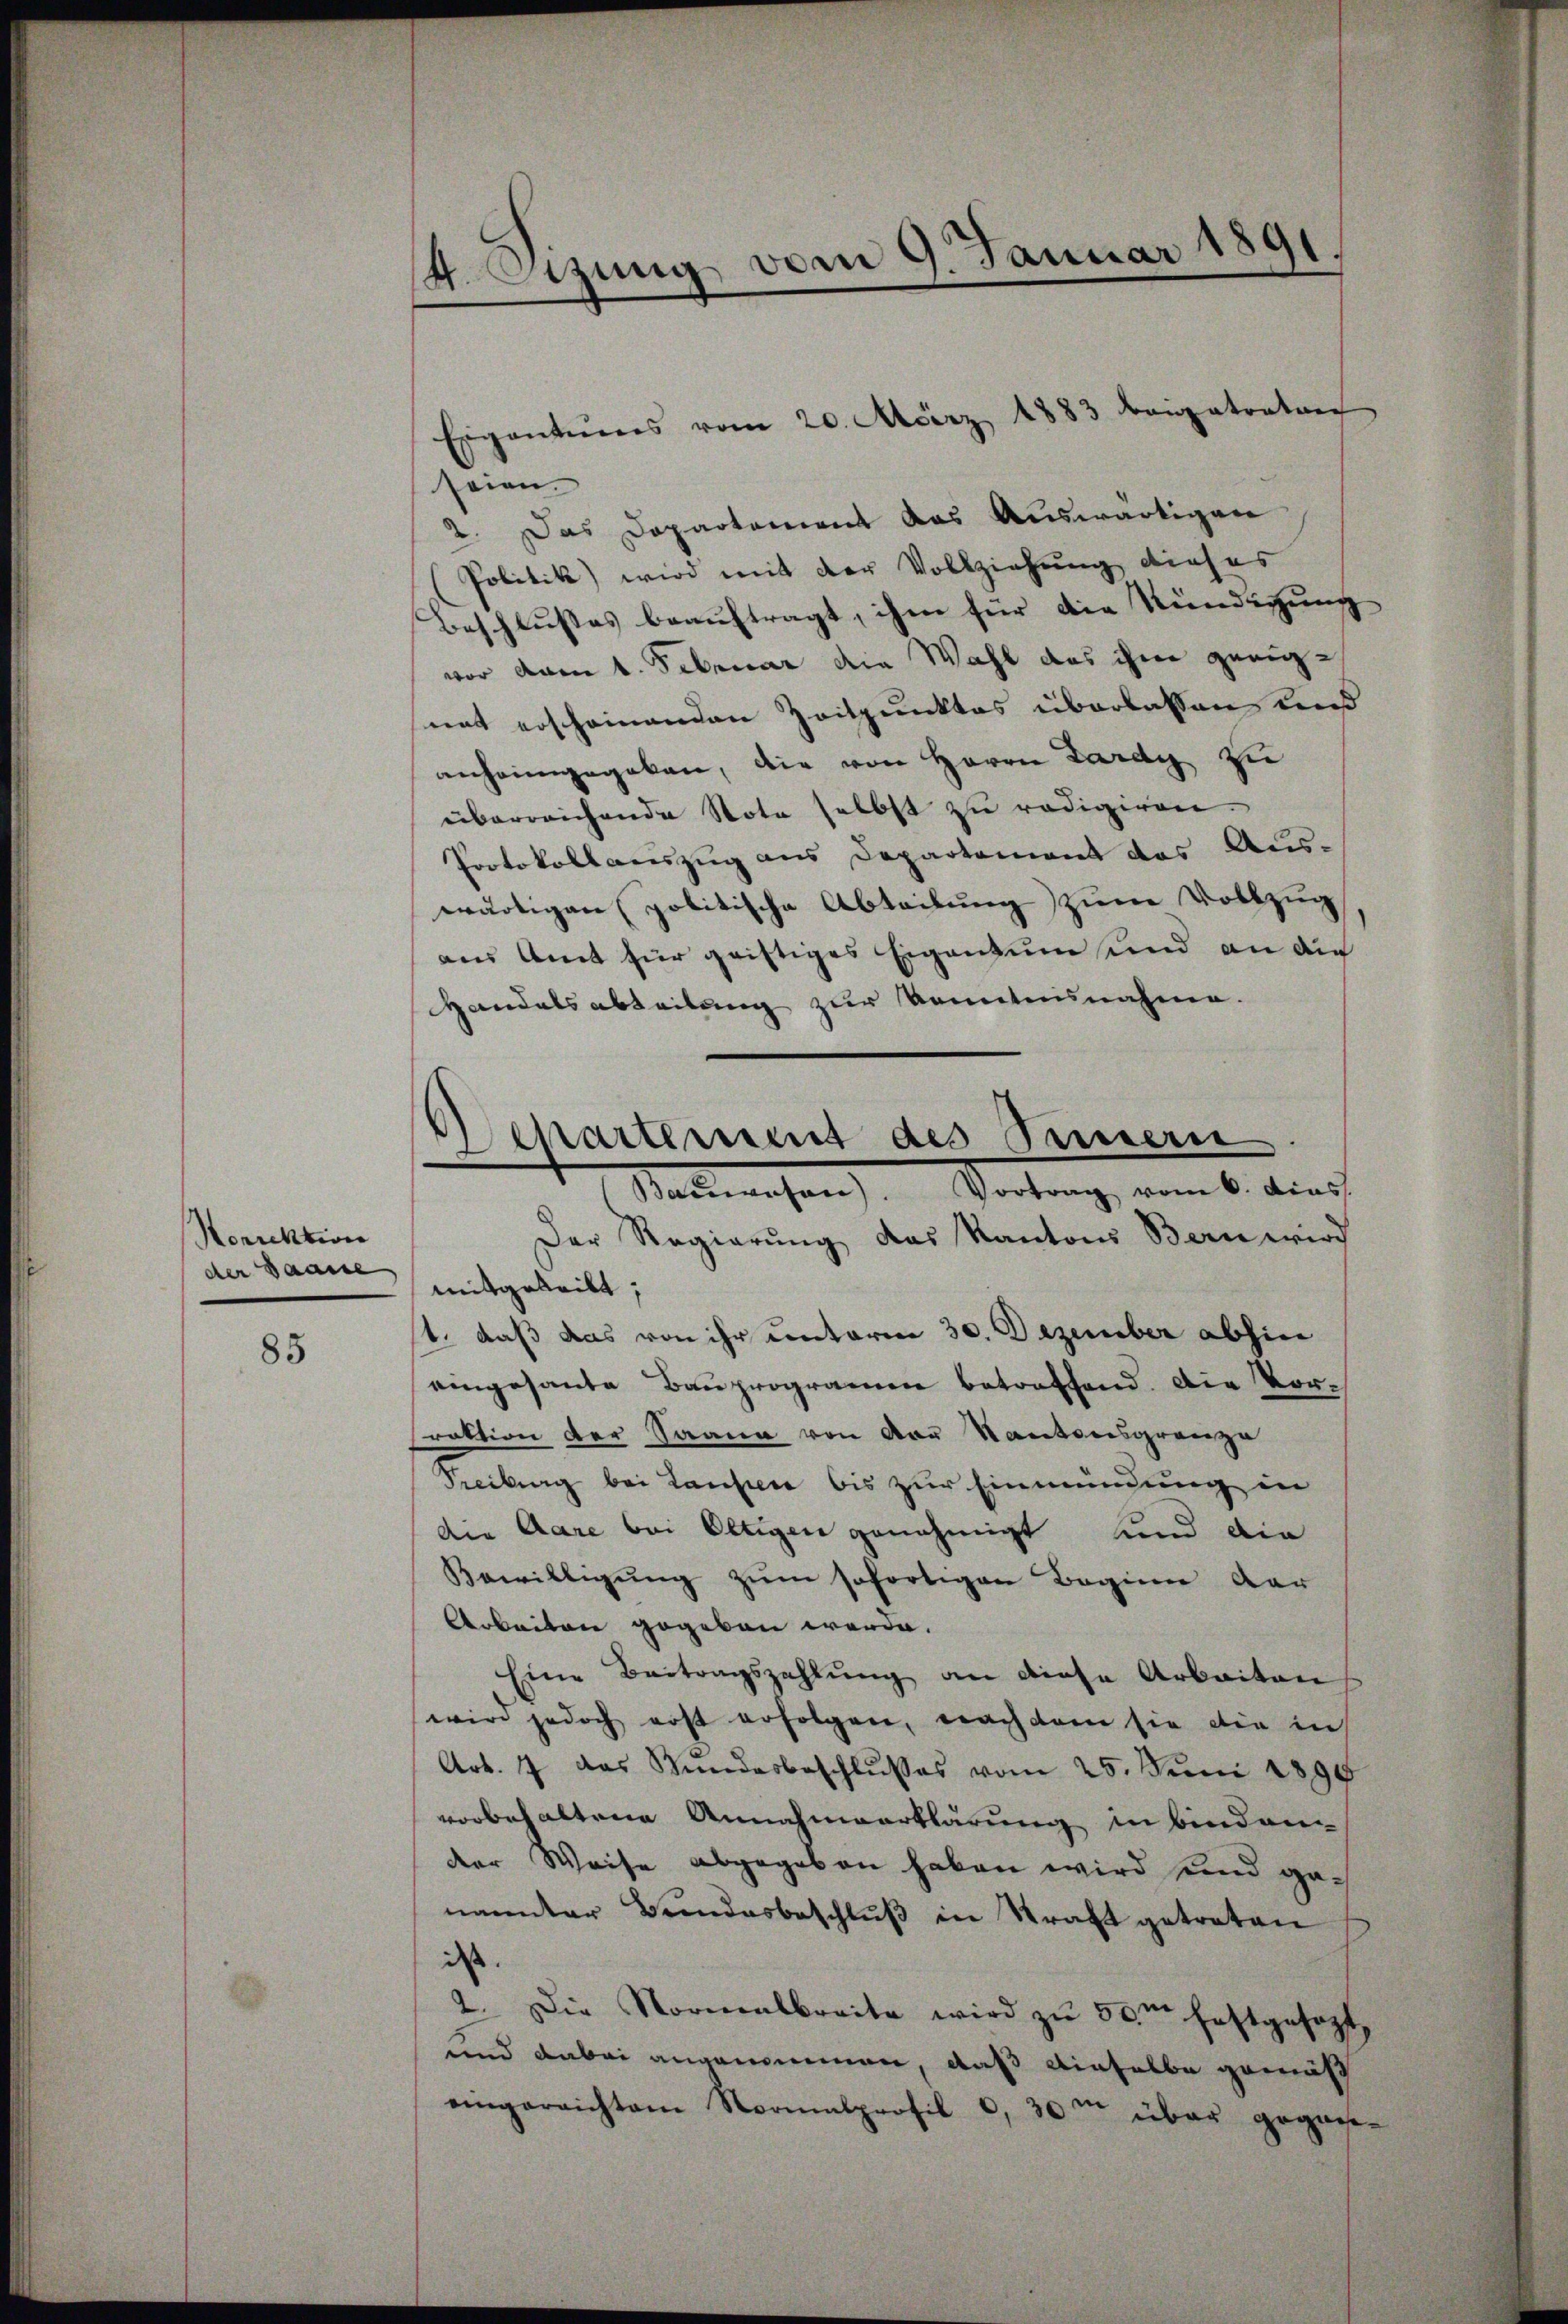
Norrektion
der Saane

85

4. Szung vom 9. Januar 1891

seien.
2. Das Departement das Auswärtigen
Politik) wird mit der Vollziehung dieses
Beschlusses beauftragt, ihm für die Kündigung
vor vom 1. Februar die Wahl das ihme geeignat erscheinenden Zeitpunktes überlassen, und
anheimgegeben, die von Herrn Lardy zu
überreichende Nota selbst zu redigiren.
Protokollauszug aus Departement des Aus-
wärtigen politische Abteilung zum Vollzug
aus Amt für geistiges Eigentum und an die
Handelsabteilung zur konntensnahme.
Der Regierŭng das Kantons Bern wird
mitgeteilt;
st, daß das von ihr unterm 30. Dezember abhin
eingesante Bauprogramen betreffend. Die Vorraktion der Saana von der Kantonsgrenze
Treiburg bei Laufen bis zur Einmündung in
die Aare bei Oltigen genehmigt und die
Bewilligung zum sofortigen Beginn dar
Arbeiten gegeben werde.
Eine Beitragszahlŭng an diese Arbeiten
wird jedoch erst erfolgen, nach dem sie die in
Art. 1 das Bundesbeschlŭsses vom 25. Juni 1890
vorbehaltene Annahmeerklärung in binden
der Weise abgegeben haben wird sind genannter Bundesbeschluß in Straft getreten
iss.
2. Die Normatbreite wird zŭ 50m festgesezt,
und dabei angenommen, daß einselbe gemäß
eingereichtem Normalprofil c, 30m über gegan¬

Eigentuens vom 20. März 1883 beigetratier

e
Departement des Sinnern
Bauwesen. Vortrag vom 6. dies